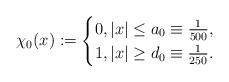
LaTeX: \begin{align*}\chi_{0}(x):=\begin{cases}0, |x|\leq a_{0}\equiv\frac{1}{500},\\1, |x|\geq d_{0}\equiv\frac{1}{250}. \end{cases}\end{align*}